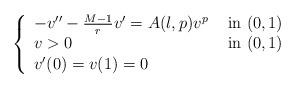
LaTeX: \begin{align*}\left\{\begin{array}{ll}-v''-\frac{M-1}rv'=A(\l,p)v^p & \hbox{ in }(0,1)\\v>0& \hbox{ in }(0,1)\\v'(0)=v(1)=0\end{array}\right.\end{align*}